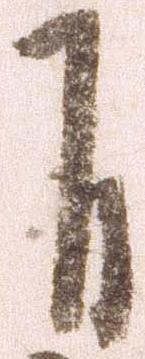
自